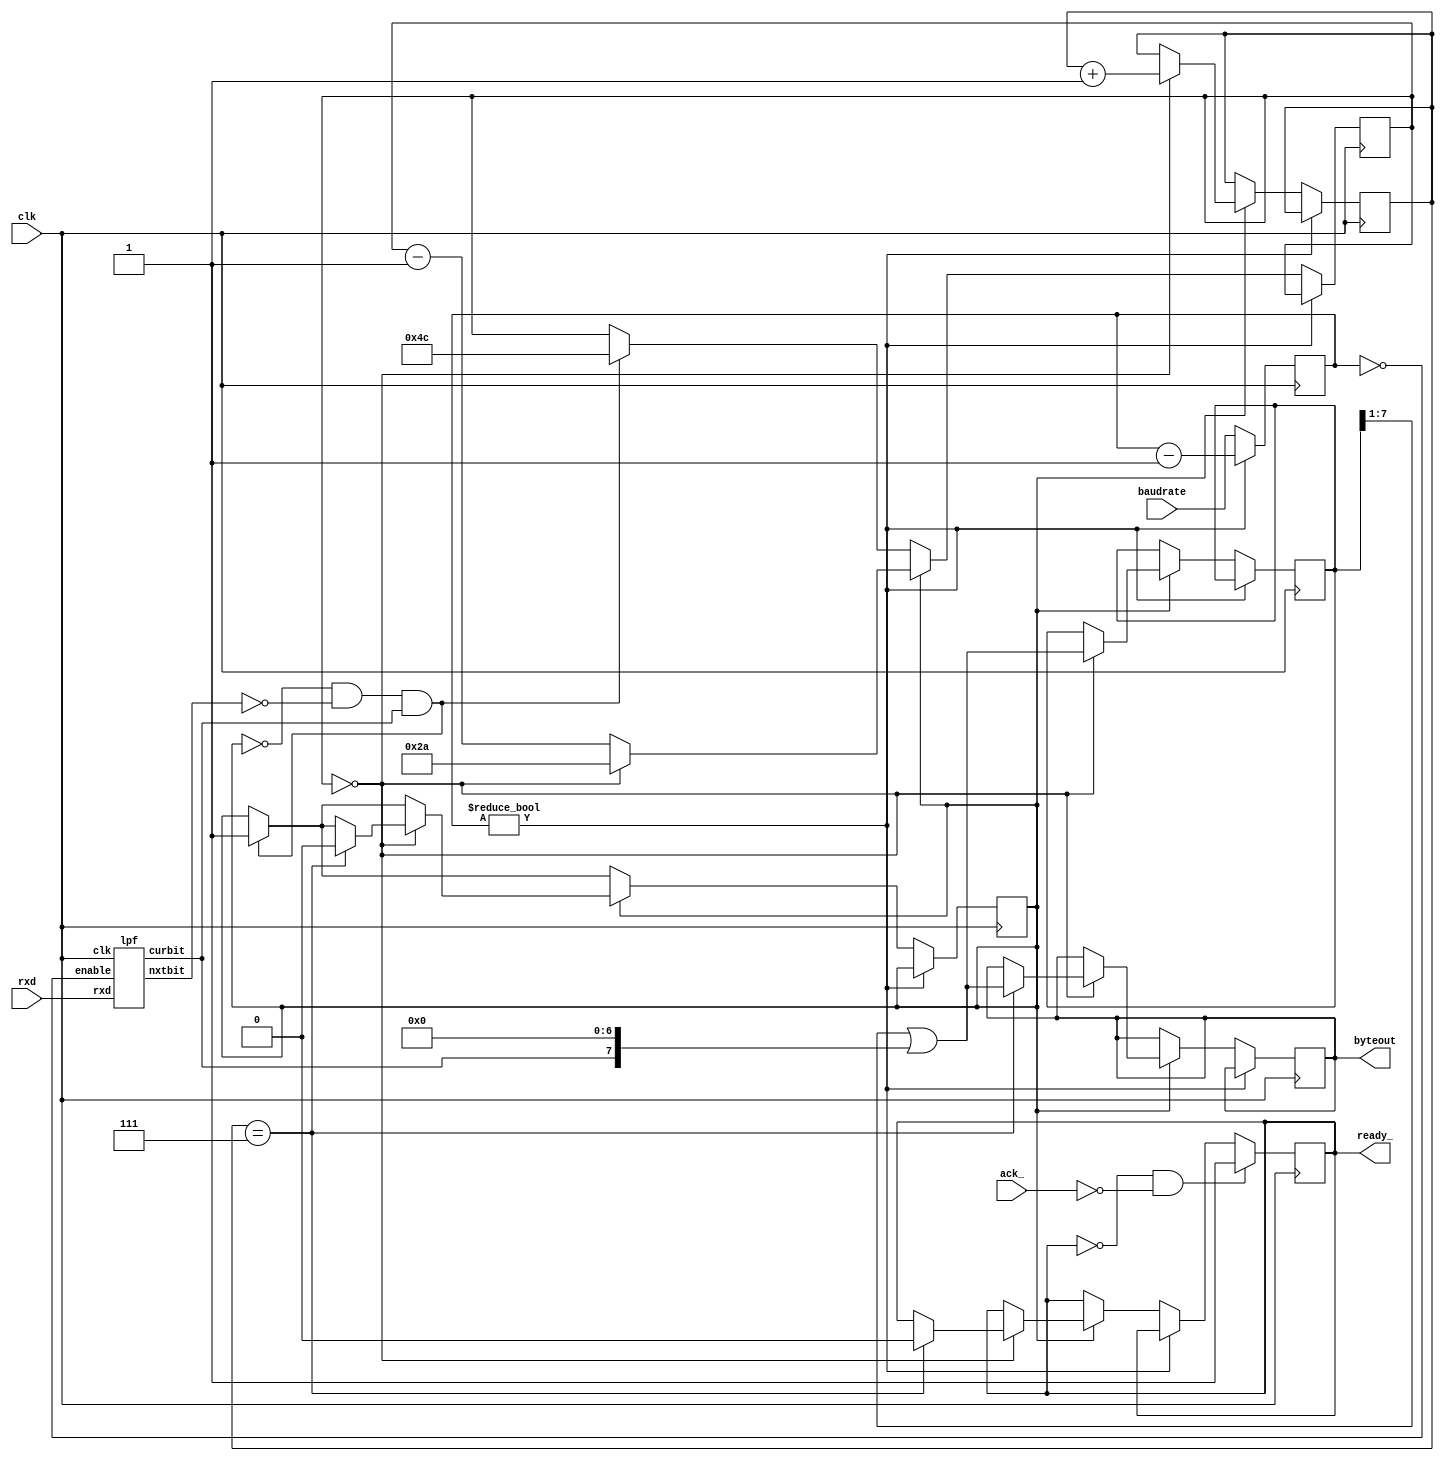
// *********************************************************
// Copyright (c) 2021 Demand Peripherals, Inc.
//
// This file is licensed separately for private and commercial
// use.  See LICENSE.txt which should have accompanied this file
// for details.  If LICENSE.txt is not available please contact
// support@demandperipherals.com to receive a copy.
//
// In general, you may use, modify, redistribute this code, and
// use any associated patent(s) as long as
// 1) the above copyright is included in all redistributions,
// 2) this notice is included in all source redistributions, and
// 3) this code or resulting binary is not sold as part of a
//    commercial product.  See LICENSE.txt for definitions.
//
// DPI PROVIDES THE SOFTWARE "AS IS," WITHOUT WARRANTIES OR
// CONDITIONS OF ANY KIND, EITHER EXPRESS OR IMPLIED, INCLUDING
// WITHOUT LIMITATION ANY WARRANTIES OR CONDITIONS OF TITLE,
// NON-INFRINGEMENT, MERCHANTABILITY, OR FITNESS FOR A PARTICULAR
// PURPOSE.  YOU ARE SOLELY RESPONSIBLE FOR DETERMINING THE
// APPROPRIATENESS OF USING OR REDISTRIBUTING THE SOFTWARE (WHERE
// ALLOWED), AND ASSUME ANY RISKS ASSOCIATED WITH YOUR EXERCISE OF
// PERMISSIONS UNDER THIS AGREEMENT.
//
// This software may be covered by US patent #10,324,889. Rights
// to use these patents is included in the license agreements.
// See LICENSE.txt for more information.
// *********************************************************


`define BAUD460800   2'b00
`define BAUD230400   2'b01
`define BAUD115200   2'b11
`define BAUD_DEFAULT 2'b00




// Serial receive from host
module hostrx(clk,rxd,byteout,ready_,ack_,baudrate);
    input    clk;               // system clock
    input    rxd;               // serial data from host
    output   [7:0] byteout;     // completed serial character
    output   ready_;            // active low, data at byteout is valid 
    input    ack_;              // bus interface acknowledges the new byte (low)
    input    [1:0] baudrate;    // 0=460800,1=230400,3=115200

           // Target baud rate
    reg    [1:0] smplctr;       // sets rxd sample rate based on baudrate

           // Bit state and shift register info
    reg    inxfer;              // ==1 while in a byte transfer
    reg    [2:0] bitidx;        // which bit we are receiving
    reg    [6:0] bitdly;        // interbit delay counter
    reg    [7:0] shiftbyte;     // byte as it is being received
    reg    [7:0] latchbyte;     // latched byte
    reg    rdy_;                // bit for the ready flad
    assign byteout = latchbyte;
    assign ready_ = rdy_; 

           // Low Pass Filter
           // The low pass filter looks at each input in turn (based on rdsel)
           // and accumulates a +1 if the input is high or a -1 if the input
           // is low.  The outputs are the current bit for rxd and
           // the next bit.  The inputs are examined only when smplctr is zero
           // which should be about 44 times per bit
    wire   nxtbit;     // next value of LPF output for rxd
    wire   curbit;     // current value of LPF output for rxd
    wire   enable;     // do accumulation if set
    lpf    lpfrx(clk, rxd, enable, nxtbit, curbit);
    assign enable = (smplctr == 1'b0);

    initial
    begin
        smplctr = 1'h0;
        inxfer = 1'b0;
        bitidx = 3'h0;
        bitdly = 7'h00;
        shiftbyte = 8'h00;
        latchbyte = 8'h00;
        rdy_ = 1'b1;
    end

    always @(posedge clk)
    begin
        // We want to sample the inputs at a rate that is set by the
        // baudrate.  At 460K we sample one input on every sysclk.  
        // At 230K, every two sysclk.  The down counter smplctr is
        // is decremented to zero and then reloaded from baudrate
        if (smplctr != 3'h0)
        begin
            smplctr <= smplctr - 2'h1;
        end
        else
        begin
            smplctr <= baudrate;   // reset the sample down counter

            // Check for start bit in idle input port
            if ((inxfer == 1'b0) && (nxtbit == 1'b0) && (curbit == 1'b1))
            begin
                inxfer <= 1'b1;
                bitdly <= 7'd76;   // (42 + 34) one and three-quarters of a bit
            end
            // else process input if we are already in an xfer
            if (inxfer == 1'b1)
            begin
                // decrement the bit delay counter and reload it if needed
                if (bitdly == 7'h00)
                begin
                    // it is at this point that we write the current bit
                    // and go to the next bit
                    bitdly <= 7'd42;
                    bitidx <= bitidx + 3'h1;  // go to next bit
                    shiftbyte <= (shiftbyte >> 1) | {curbit,7'h00};
                    if (bitidx == 3'h7)              // done with char?
                    begin
                        // Done with this char. update ready flag
                        latchbyte <= (shiftbyte >> 1) | {curbit,7'h00};
                        inxfer <= 1'b0;
                        rdy_ <= 1'b0;
                    end
                end
                else
                begin
                    bitdly <= bitdly - 7'h01;
                end
            end
        end

        // clear ready_ flag on ack
        if ((rdy_ == 0) && (ack_ == 0))
            rdy_ <= 1;
    end

endmodule


//
// Low Pass Filter.
// Accumulate a +1 if input[insel] is one and -1 if zero.  Saturate at
// values of 15 and 0.  We use hysteresis as part of the noise rejection.
// A zero bit must reach a value of 12 before it is switched to a one bit,
// and a one bit must get down to 3 to be declared a zero bit.
// We do this accumulation about 44 times per baud bit.
module lpf(clk, rxd, enable, nxtbit, curbit);
    input    clk;                           // system clock
    input    rxd;                           // input Rx lines
    input    enable;                        // do accumulation if set
    output   nxtbit;                        // new value of LPF output for bit
    output   curbit;                        // old value of LPF output for bit

    reg      [3:0] accum;                   // accumulator
    reg      current;                       // Current bit value
    wire     next;                          // the next value of the bit

    initial
    begin
        accum = 4'h0;
        current  = 1'b0;
    end

    always@(posedge clk)
    begin
        if (enable)
        begin
            current <= next;

            // if input line is a zero and not zero saturated
            if ((rxd == 1'b0) && (accum != 4'h0))
                accum <= accum - 4'd1;
            // if input line is a one and we're not saturated
            if ((rxd == 1'b1) && (accum != 4'hf))
                accum <= accum + 4'd1;
        end
    end

    // The next bit is one if the accumulator is 12 or above,
    // is zero if the accumulator is 3 or below, and is not
    // changed if between 4 and 11
    assign next = (accum >= 4'd12) ? 1'b1 :
                  (accum <= 4'd3) ? 1'b0 :
                  current;

    assign nxtbit = next;
    assign curbit = current;

endmodule



        // Log Base 2 of the output buffer size
`define LB2BUFSZ   10


// Serial transmit to the host
module hosttx(clk,strobe,buffull,datin,txd,baudrate);
    input  clk;              // system clock
    input  strobe;           // true on full valid command
    output buffull;          // ==1 if FIFO can not take more characters
    input  [7:0] datin ;     // Data toward the host
    output txd;              // output line
    input  [1:0] baudrate;   // divider of 460K to get bit rate

           //   baud rate generator and divider
    reg    [1:0] baudcount;  // counter to divide the 461k clock down
    wire   baudclk;
    baud461k b1(clk, baudclk);


           //  FIFO control lines
    reg    [`LB2BUFSZ-1:0] watx; // FIFO write address for Tx
    reg    [`LB2BUFSZ-1:0] ratx; // FIFO read address for Tx
    wire   bufempty;   // ==1 if there are no characters to send
    assign buffull = ((watx + `LB2BUFSZ'h01) == ratx) ? 1'b1 : 1'b0 ;
    assign bufempty = (watx == ratx) ? 1'b1 : 1'b0 ;
           // latch the buff empty status at start of each Tx byte
    reg    emptylatch;

           // RAM control lines
    wire   we;                    // RAM write strobe for Tx
    wire   [`LB2BUFSZ-1:0] wa;     // bit write address (`LB2BUFSZ bytes per port)
    wire   [`LB2BUFSZ-1:0] ra;     // bit read address
    wire   [7:0] rd;              // registered read data from RAM
    dpram  memtx(clk, we, wa, datin, ra, rd);
           // write when (our address) and (not config register) and (selected 
           // port is not full)
    assign we = (strobe & (buffull == 0));
           // write address is port number in high two bits and port's FIFO
           // write address in the lower bits
    assign wa = watx;
           // read address is port number from rdsel and the FIFO read address
    assign ra = ratx;

           // Serial bit shifting
           // baudflag is set on each baudclk.  It starts the port counter rdsel
    reg    baudflag;
           // Bit multiplexer to select start bit, stop bits, or data bits
    reg    [3:0] bitreg;     // shift counters to set which bit is on output Tx line
           // state of the Tx lines
    reg    sendbit;
    assign txd = sendbit;


    initial
    begin
        watx = `LB2BUFSZ'h000;
        ratx = `LB2BUFSZ'h000;
        bitreg = 1'h0;
        baudcount = 2'h0;
    end

    always @(posedge clk)
    begin
        // Pick which of the following two lines based on how you
        // want a full buffer to be handled.  If you test for buffull
        // you will apply back pressure onto the bus and chaos will
        // follow.  If you don't test for buffull the buffer will wrap,
        // you'll lose a buffer full of data, and chaos will follow.
        if (strobe)                  // latch data on a write
        //if (strobe && (~buffull))  // latch data on a write
        begin
            watx <= watx + `LB2BUFSZ'h01;
        end

        if (baudclk)
        begin
            // divide baudclk by bauddiv and set flag to start new bit output
            if (baudcount == 0)
            begin
                baudflag <= 1'b1;
                baudcount <= baudrate;
                // Increment bitreg if not the last bit.
                // 10 bits (0-9) if 1 stop bit.  More if more stop bits
                if (bitreg == 4'd10)
                begin
                    bitreg <= 4'h0;
                    emptylatch <= bufempty;
                end
                else // not last bit to send
                    bitreg <= bitreg + 4'h1;
            end
            else
                baudcount <= baudcount - 2'h1;
        end
        if (baudflag)
        begin
            // reset baudflag
            baudflag <= 1'b0;

            // Latch the serial bit from RAM on the second (of two) 
            // states of rdsel.
            if (~emptylatch)
            begin
                sendbit <= 
                    (bitreg == 0) ? 1'b0 :
                    (bitreg == 1) ? rd[0] :
                    (bitreg == 2) ? rd[1] :
                    (bitreg == 3) ? rd[2] :
                    (bitreg == 4) ? rd[3] :
                    (bitreg == 5) ? rd[4] :
                    (bitreg == 6) ? rd[5] :
                    (bitreg == 7) ? rd[6] :
                    (bitreg == 8) ? rd[7] :
                    (bitreg == 9) ? 1'b1 :
                    (bitreg == 10) ? 1'b1 :
                    (bitreg == 11) ? 1'b1 :
                    (bitreg == 12) ? 1'b1 :
                    (bitreg == 13) ? 1'b1 :
                    (bitreg == 14) ? 1'b1 : 1'b1;

                // We are at the bit transition of the port specified by the
                // high bits of rdsel.  If this the last bit to send then
                // increment the read index to the next location in the FIFO.
                // 10 bits (0-9) if 1 stop bit.  More if more stop bits
                if (bitreg == 4'd10)
                begin
                    ratx <= ratx + `LB2BUFSZ'h01;
                end
            end
        end
    end
endmodule


// baud461k
// This module generates a 460800 Hertz clock with an error of less
// 0.2 percent.  
module baud461k(clk, baudout);
    input  clk;              // system clock (20 MHz)
    output baudout;          // a clk wide pulse 461k times per second

    //  460800 is between 43 and 44 50ns clocks.  We use a phase accumulator to
    //  delay 43 or 44 clocks depending on the accumulated phase.  We accumulate
    //  50 ns of phase on each 20 MHz clock.  The period jumps between 2150 and
    //  2200 nanoseconds.  The number of bits in the accumulator sets the average
    //  error.  We use 8 bits and error on the slow side by 0.23 percent.  The
    //  following table shows the average baud period.  Ideal is 2170ns.
    //  BITS, TESTBIT, INITIAL, DECREMENT, PERIOD(ns)
    //    13,      12,    2120,        50,    2169.99
    //    12,      11,    1060,        25,    2169.99
    //    11,      10,     509,        12,    2170.82
    //    10,       9,     255,         6,    2175.00
    //     9,       8,     127,         3,    2166.67
    //     8,       7,      85,         2,    2175.00

    reg    [7:0] phacc;     // phase accumulator
    reg    baudreg;

    initial
    begin
        phacc = 0;
    end

    always @(posedge clk)
    begin
        if (phacc[7] == 1)          // TESTBIT
        begin
            phacc <= phacc + 8'd85; // INITIAL
            baudreg <= 1;
        end
        else
        begin
            phacc <= phacc - 8'h02;     // DECREMENT
            baudreg <= 0;
        end
    end

    assign baudout = baudreg;

endmodule


//
// Dual-Port RAM with synchronous Read
//
module dpram(clk,we,wa,wd,ra,rd);
    parameter LOGNPORT = 3;
    input    clk;                           // system clock
    input    we;                            // write strobe
    input    [`LB2BUFSZ-1:0] wa;            // write address
    input    [7:0] wd;                      // write data
    input    [`LB2BUFSZ-1:0] ra;            // read address
    output   [7:0] rd;                      // read data

    reg      [7:0] rdreg;
    reg      [7:0] ram [2047:0];

    always@(posedge clk)
    begin
        if (we)
            ram[wa] <= wd;
        rdreg <= ram[ra];
    end

    assign rd = rdreg;

endmodule